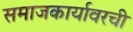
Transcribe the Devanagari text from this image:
समाजकार्यावरची